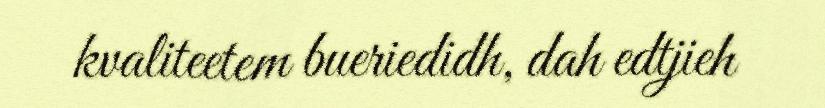
kvaliteetem bueriedidh, dah edtjieh